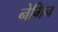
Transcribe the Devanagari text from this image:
नेगिन